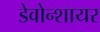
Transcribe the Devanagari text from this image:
डेवोन्शायर